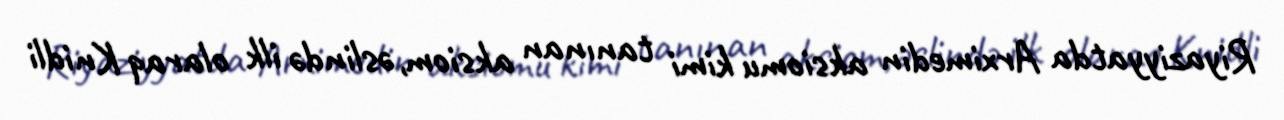
Riyaziyyatda Arximedin aksiomu kimi tanınan aksiom, əslində ilk olaraq Knidli